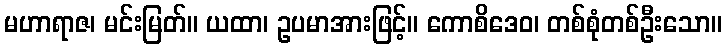
မဟာရာဇ၊ မင်းမြတ်။ ယထာ၊ ဥပမာအားဖြင့်။ ကောစိဒေဝ၊ တစ်စုံတစ်ဦးသော။